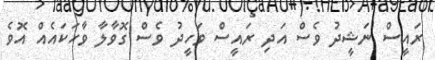
ރައީސް ނަޝީދު ވެސް އަދި ރައީސް ވަހީދު ވެސް ގޮވާލާ ވާހަކައެއް އޮވެ